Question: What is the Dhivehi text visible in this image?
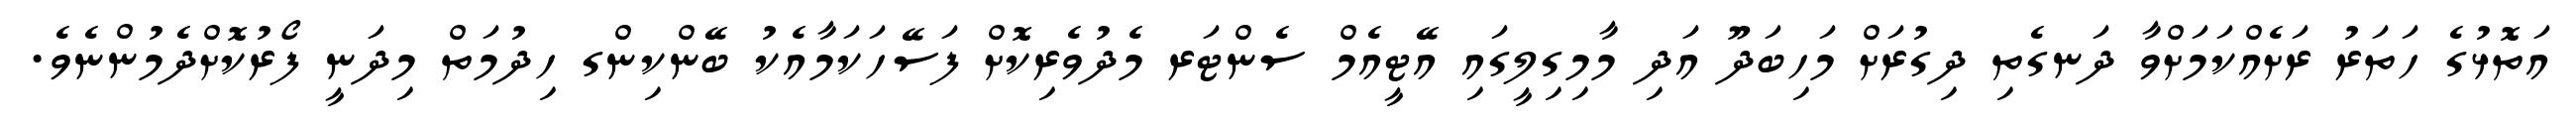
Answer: އަތޮޅުގެ ހަތަރު ރަށެއްކަމަށްވާ ދަނގެތި ދިގުރަށް މަހިބަދޫ އަދި މާމިގިލީގައި އޭޓީއެމް ސެންޓަރ މެދުވެރިކޮށް ފަސޭހަކަމާއެކު ބޭންކިންގ ހިދުމަތް މިދަނީ ފޯރުކޮށްދެމުންނެވެ.